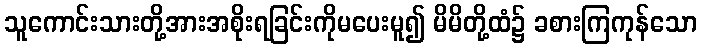
သူကောင်းသားတို့အားအစိုးရခြင်းကိုမပေးမူ၍ မိမိတို့ထံ၌ ခစားကြကုန်သော